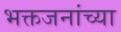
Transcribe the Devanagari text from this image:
भक्तजनांच्या